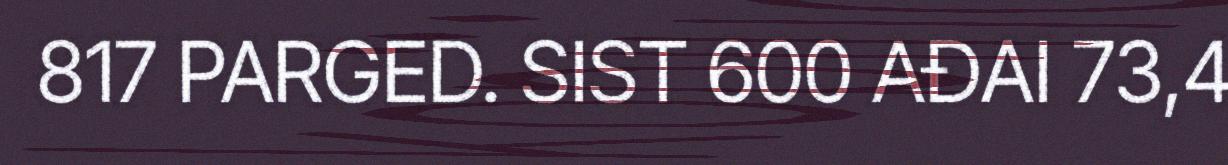
817 PARGED. SIST 600 AĐAI 73,4